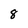
Character: 8